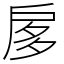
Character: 扅